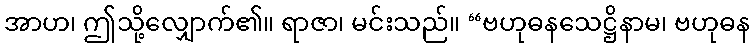
အာဟ၊ ဤသို့လျှောက်၏။ ရာဇာ၊ မင်းသည်။ “ဗဟုဓနသေဋ္ဌိနာမ၊ ဗဟုဓန